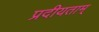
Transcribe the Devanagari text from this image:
प्रदीयताम्